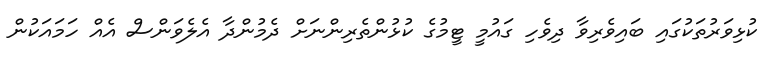
ކުޅިވަރުތަކުގައި ބައިވެރިވާ ދިވެހި ގައުމީ ޓީމުގެ ކުޅުންތެރިންނަށް ދެމުންދާ އެލެވަންސް އެއް ހަމައަކުން